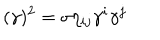
( \gamma ) ^ { 2 } = \sigma \eta _ { i j } \gamma ^ { i } \gamma ^ { j }